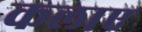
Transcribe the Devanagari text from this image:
कलाए